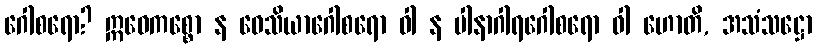
ဂေါစရော? ဣဓေကစ္စော န ဝေသိယာဂေါစရော ဝါ န ပါနာဂါရဂေါစရော ဝါ ဟောတိ, အသံသဋ္ဌော